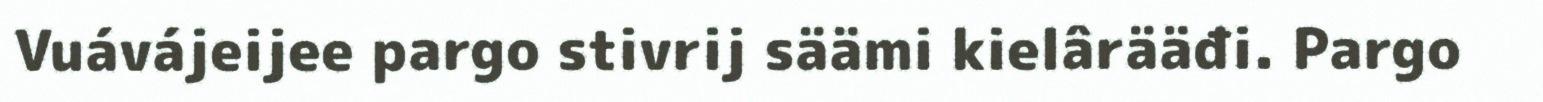
Vuávájeijee pargo stivrij säämi kielârääđi. Pargo